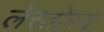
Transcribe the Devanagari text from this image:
लेस्तोरव